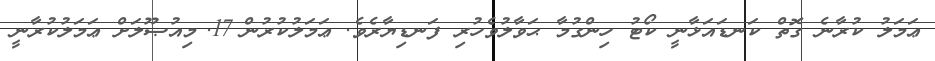
ޢަމަލު ކުރާނެ ގޮތް ކަނޑައަޅާނީ ކޯޓު ހިންގުމާ ޙަވާލުވެހުރި ފަނޑިޔާރެވެ. ޢަމަލުކުރުން	17.	މިއުޞޫލަށް ޢަމަލުކުރާނީ